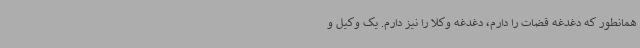
همانطور که دغدغه قضات را دارم، دغدغه وکلا را نیز دارم. یک وکیل و